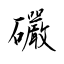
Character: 礹